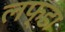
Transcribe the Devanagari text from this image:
लफ्डा